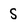
Character: S